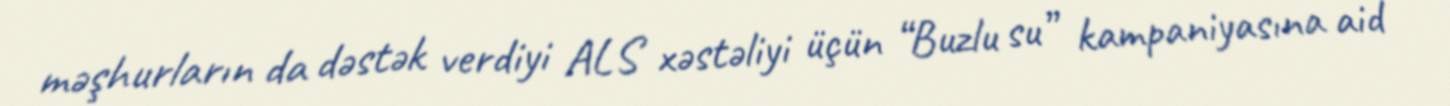
məşhurların da dəstək verdiyi ALS xəstəliyi üçün “Buzlu su” kampaniyasına aid